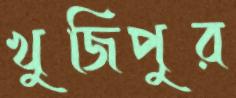
খুজিপুর